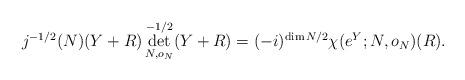
LaTeX: \begin{align*}j^{-1/2}(N)(Y+R)\det_{N,o_N}^{-1/2}(Y+R)=(-i)^{\dim N/2}\chi(e^Y;N,o_N)(R).\end{align*}